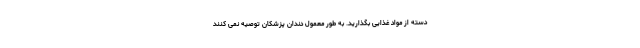
دسته از مواد غذایی بگذارید. به طور معمول دندان پزشکان توصیه نمی کنند